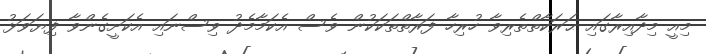
މިއީ މިދާއިރާގައި ޙަރަކާތްތެރިވާ ހުރިހާ ފަރާތްތަކަކުން ވެސް އެކަމާމެދު ވިސްނައި އެކަށީގެންވާ ފިޔަވަޅު